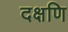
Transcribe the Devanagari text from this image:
दक्षणि